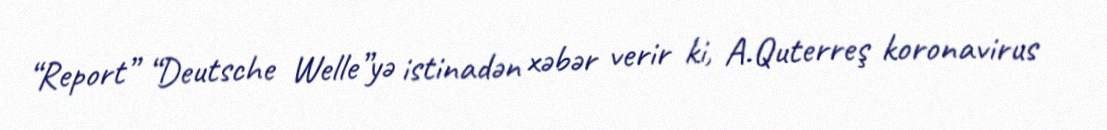
“Report” “Deutsche Welle”yə istinadən xəbər verir ki, A.Quterreş koronavirus